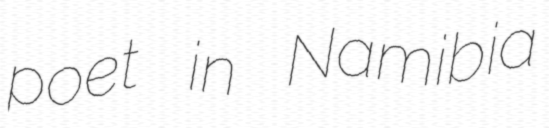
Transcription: poet in Namibia